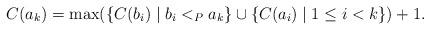
LaTeX: \begin{align*}C(a_k)=\max(\{C(b_i)\mid b_i<_P a_k \}\cup \{ C(a_i) \mid 1\le i<k \})+1.\end{align*}